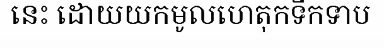
នេះ ដោយយកមូលហេតុកទឹកទាប